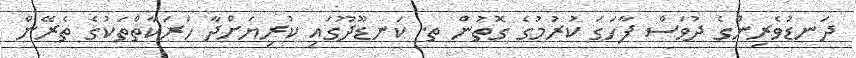
ދަނޑުވެރިންގެ ދުވަސް ފާހަގަ ކުރުމުގެ ގޮތުން ތ. ކަނޑޫދޫގައި ކުރިޔަށްދާ ހަރަކާތްތަކުގެ ތެރޭން